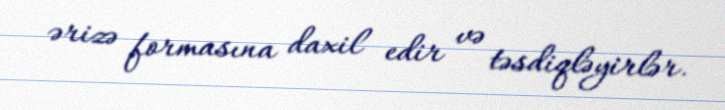
ərizə formasına daxil edir və təsdiqləyirlər.